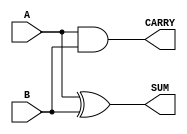
module Half_adder(A,B,CARRY,SUM);
input A, B;
output CARRY;
output SUM;
assign SUM = A^B;
assign CARRY = A&B;

endmodule